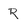
Character: R